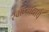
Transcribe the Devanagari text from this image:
स्वाध्यायाचे